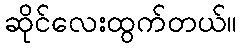
ဆိုင်လေးထွက်တယ်။